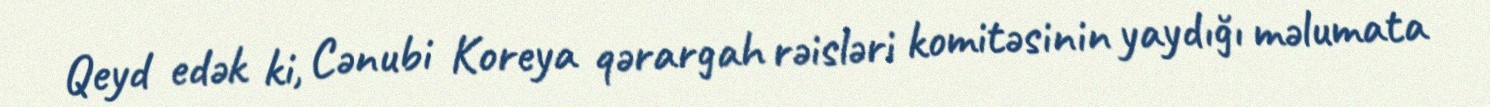
Qeyd edək ki, Cənubi Koreya qərargah rəisləri komitəsinin yaydığı məlumata